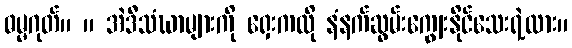
ဓမ္မဂုတ်။ ။ အဲဒီသံဃာများကို ရှေးကလို နံနက်ဆွမ်းကျွေးနိုင်သေးရဲ့လား။